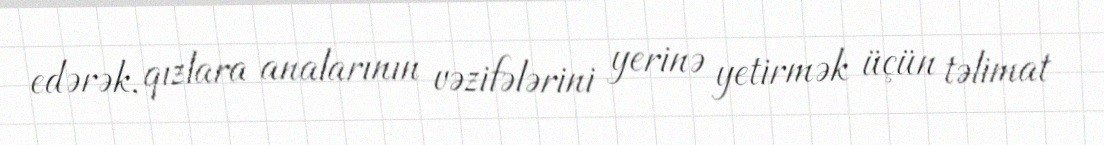
edərək, qızlara analarının vəzifələrini yerinə yetirmək üçün təlimat